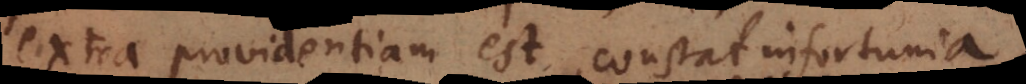
extra providentiam est, constat infortunia